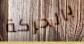
بالحركة